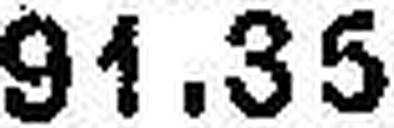
91.35